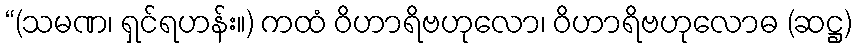
“(သမဏ၊ ရှင်ရဟန်း။) ကထံ ဝိဟာရိဗဟုလော၊ ဝိဟာရိဗဟုလောဓ (ဆဋ္ဌ)